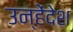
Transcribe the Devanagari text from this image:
उन्हेंदेश